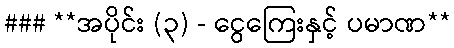
### **အပိုင်း (၃) - ငွေကြေးနှင့် ပမာဏ**